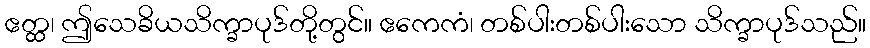
ဧတ္ထ၊ ဤသေခိယသိက္ခာပုဒ်တို့တွင်။ ဧကေကံ၊ တစ်ပါးတစ်ပါးသော သိက္ခာပုဒ်သည်။